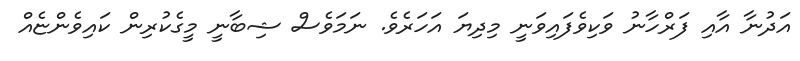
އަދުނާ އާއި ފަރްހާނު ވަކިވެފައިވަނީ މިދިޔަ އަހަރެވެ. ނަމަވެސް ޝިބާނީ މީގެކުރިން ކައިވެންޏެއް